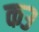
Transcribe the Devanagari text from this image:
क३